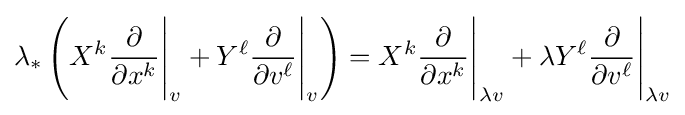
\lambda _{*}\left(X^{k}{\frac {\partial }{\partial x^{k}}}{\Bigg |}_{v}+Y^{\ell }{\frac {\partial }{\partial v^{\ell }}}{\Bigg |}_{v}\right)=X^{k}{\frac {\partial }{\partial x^{k}}}{\Bigg |}_{\lambda v}+\lambda Y^{\ell }{\frac {\partial }{\partial v^{\ell }}}{\Bigg |}_{\lambda v}